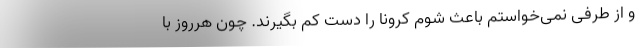
و از طرفی نمی‌خواستم باعث شوم کرونا را دست کم بگیرند. چون هرروز با